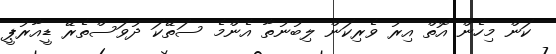
ކަން މިހެން އޮތް އިރު ވެރިކަން ލިބުނުތާ އެންމެ ސަތޭކަ ދުވަސްތެރޭ ޑީއާރުޕީ